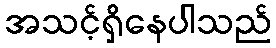
အသင့်ရှိနေပါသည်